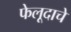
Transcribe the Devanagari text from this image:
फेलूदाचे